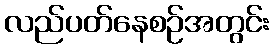
လည်ပတ်နေစဉ်အတွင်း